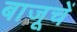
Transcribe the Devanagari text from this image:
बाजूचें